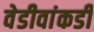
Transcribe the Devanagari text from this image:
वेडीवांकडी